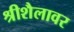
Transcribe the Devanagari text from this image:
श्रीशैलावर